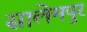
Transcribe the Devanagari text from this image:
सालेमपुर